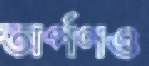
অর্পণও